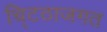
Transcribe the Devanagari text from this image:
चि्टठाजगत